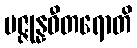
ပဇ္ဇုန္နဓီတရောတိ